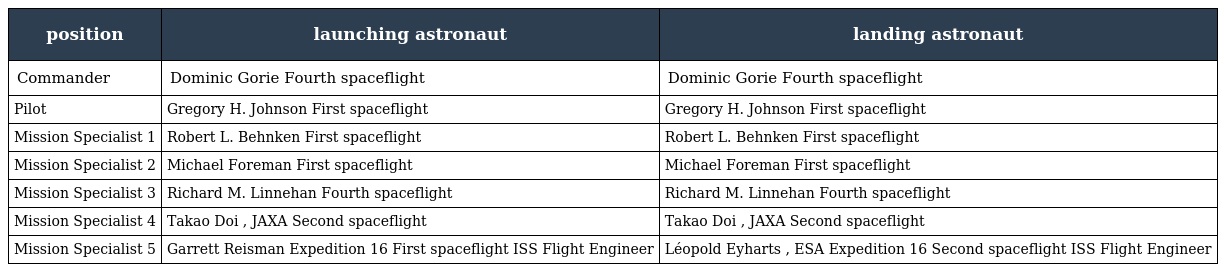
| position | launching astronaut | landing astronaut |
 | --- | --- | --- |
 | Commander | Dominic Gorie Fourth spaceflight | Dominic Gorie Fourth spaceflight |
 | Pilot | Gregory H. Johnson First spaceflight | Gregory H. Johnson First spaceflight |
 | Mission Specialist 1 | Robert L. Behnken First spaceflight | Robert L. Behnken First spaceflight |
 | Mission Specialist 2 | Michael Foreman First spaceflight | Michael Foreman First spaceflight |
 | Mission Specialist 3 | Richard M. Linnehan Fourth spaceflight | Richard M. Linnehan Fourth spaceflight |
 | Mission Specialist 4 | Takao Doi , JAXA Second spaceflight | Takao Doi , JAXA Second spaceflight |
 | Mission Specialist 5 | Garrett Reisman Expedition 16 First spaceflight ISS Flight Engineer | Léopold Eyharts , ESA Expedition 16 Second spaceflight ISS Flight Engineer |